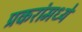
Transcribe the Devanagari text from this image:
प्रकरांमध्ये